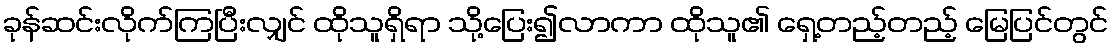
ခုန်ဆင်းလိုက်ကြပြီးလျှင် ထိုသူရှိရာ သို့ပြေး၍လာကာ ထိုသူ၏ ရှေ့တည့်တည့် မြေပြင်တွင်